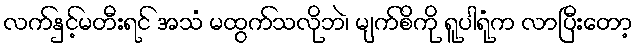
လက်နှင့်မတီးရင် အသံ မထွက်သလိုဘဲ၊ မျက်စိကို ရူပါရုံက လာပြီးတော့